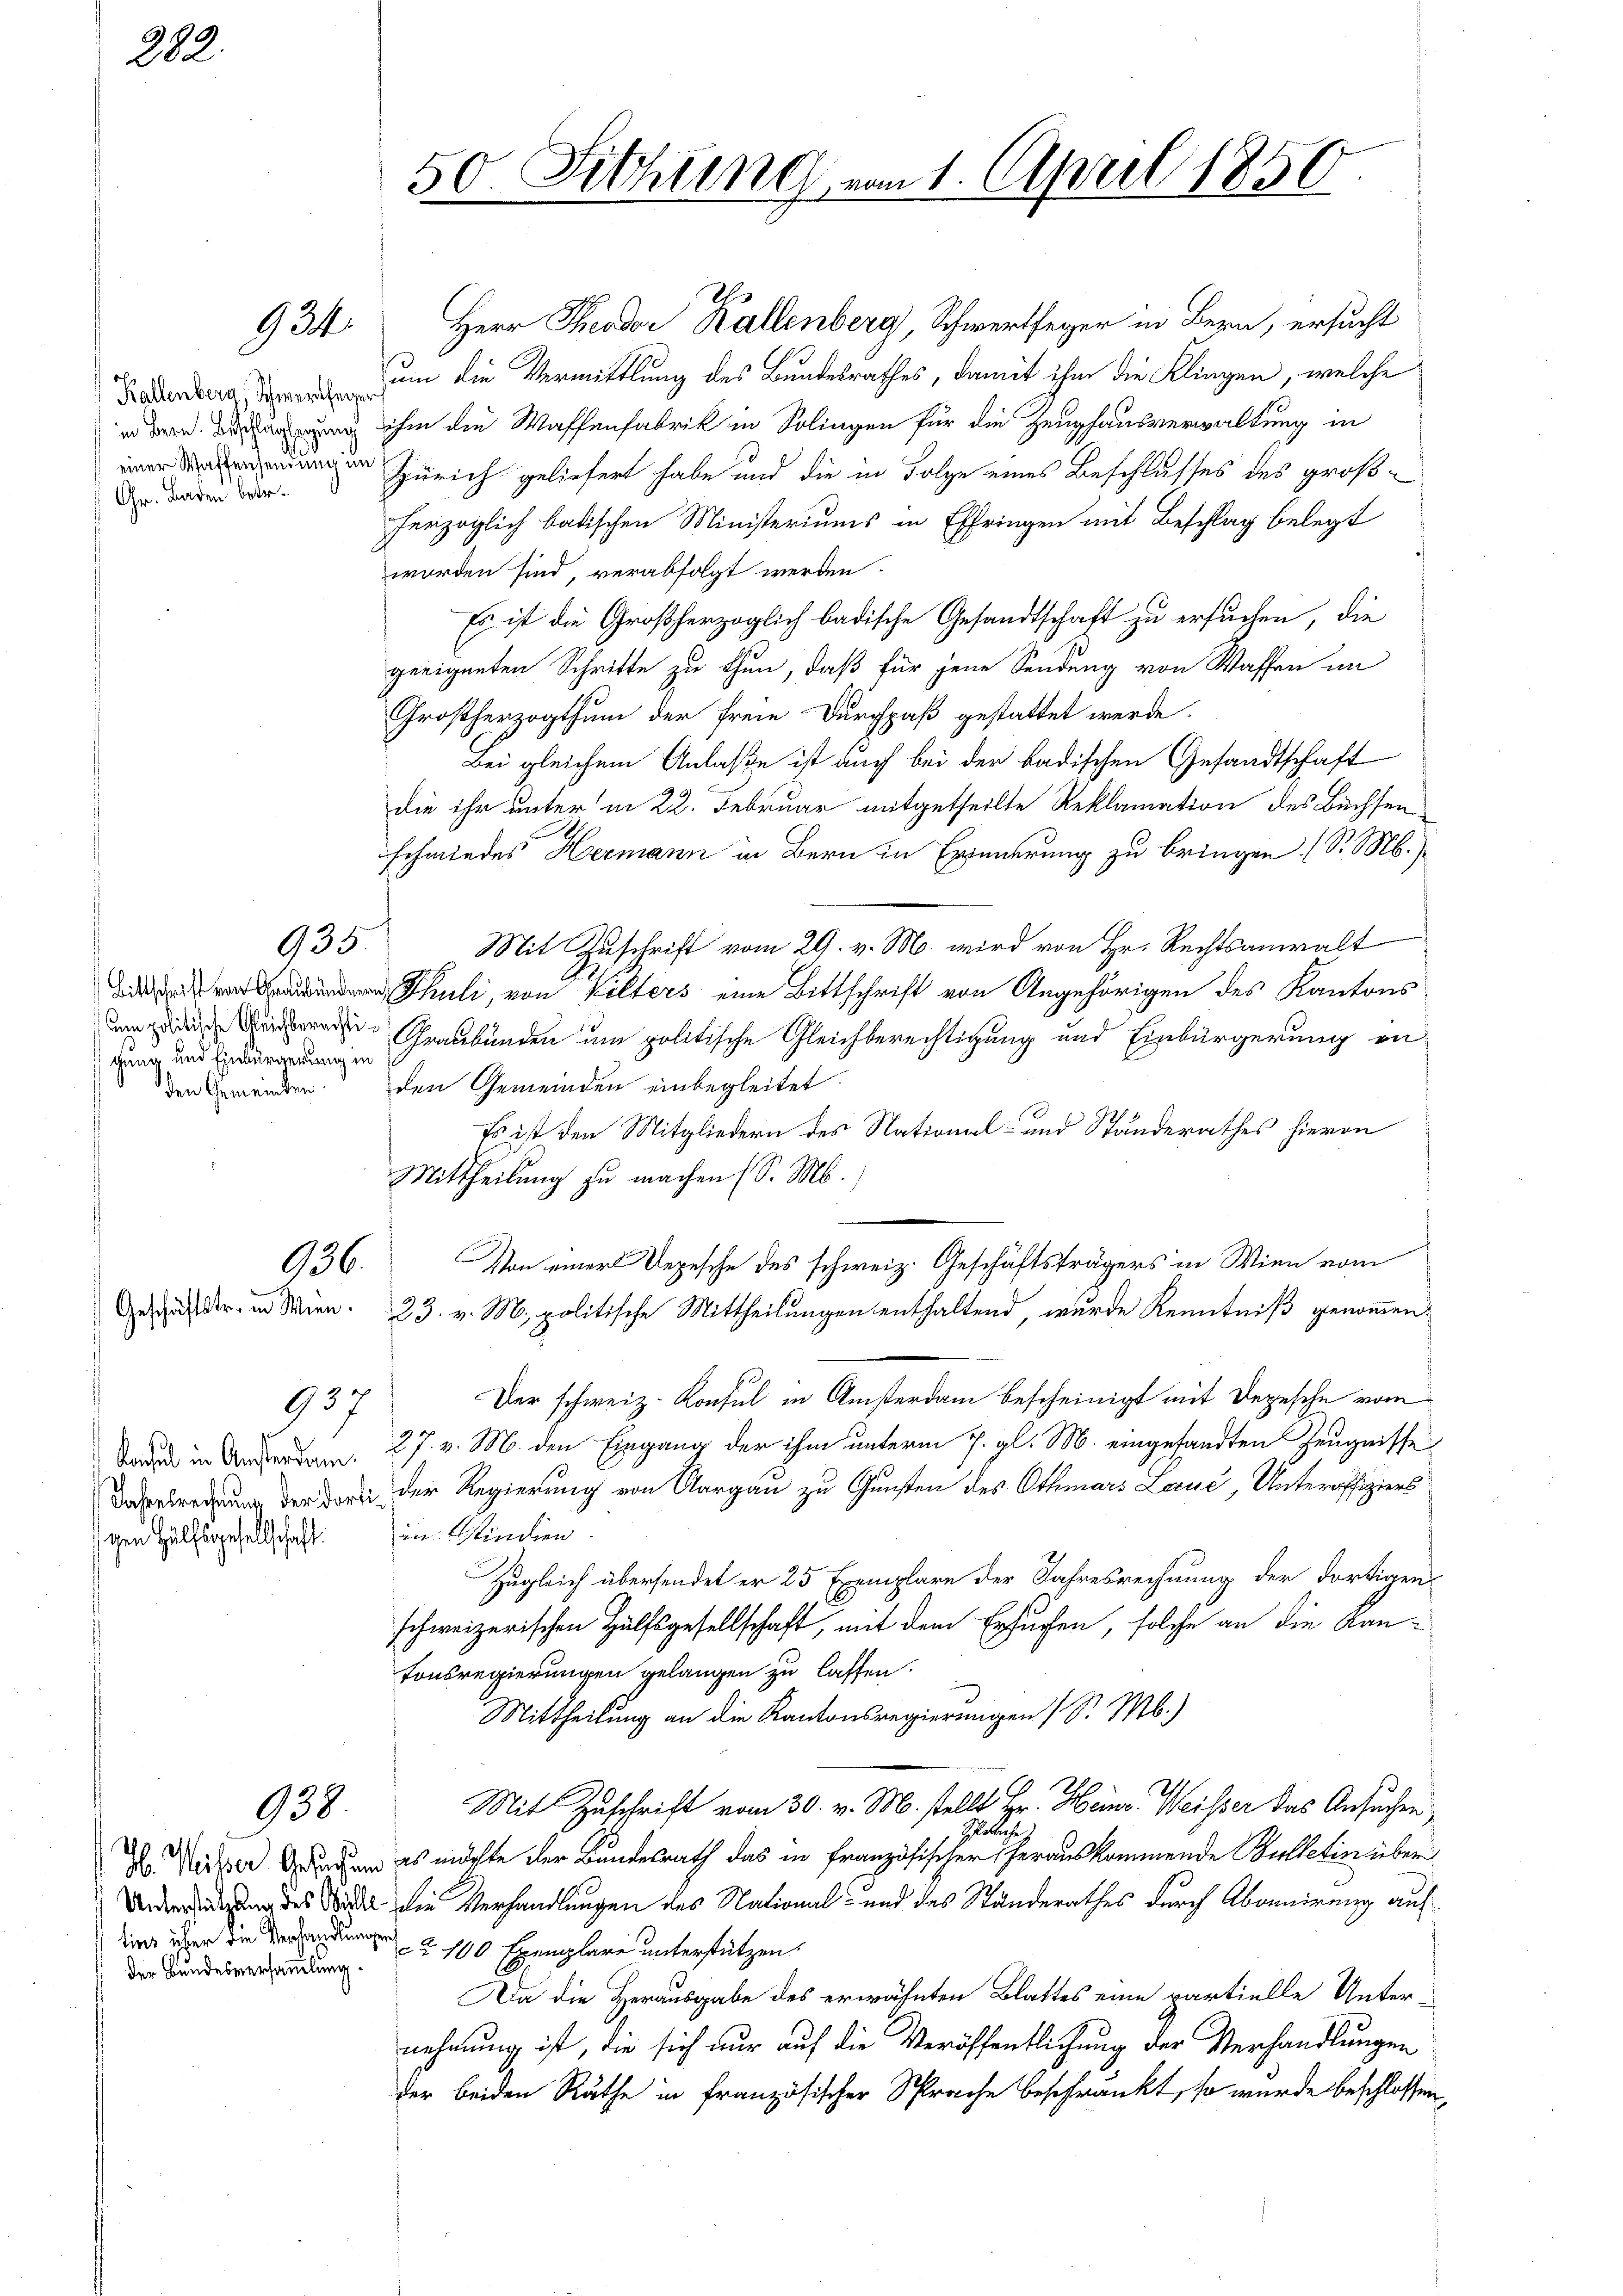
202.

924.

Kallenberg, Schwertheyen
in Bern. Beschlagsagung
einer Waffensendung im
Gr. Baden betr.

Bittschrift von Graubünden
em politische Gleichberechti
gung und Einbürgerung in
den Gemeinden.

136.

Konsul in Ansterdam.
Jahresrechnung der Dort
schen Hülfsgesellschaft.

935.

937

138.

lins über die Verhandlungens
der Bundesversammlung.

50. Sichung vom 1. April 1850

Herr Theodor Kallenberg, Schwertfeger in Bern, ersucht
um die Vermittlung des Bundesrathes, damit ihm die Klingen, welche
ihm die Waffenfabrik in Solingen für die Zeughausverwaltung in
Zürich geliefert habe und die in Folge eines Beschlusses des großherzoglich badischen Ministeriums in Effringen mit Beschlag belegt
worden sind, verabfolgt werden.
Es ist die Großherzoglich badische Gesandtschaft zu ersuchen, die
geeigneten Schritte zu thun, daß für jene Sendung von Waffen im
Großherzogthum der freie Durchpaß gestattet werde.
Bei gleichem Anlaße ist auch bei der badischen Gesandtschaft
die ihr unter in 22. Februar mitgetheilte Reklamation des Buchsenschmiedes Hermann in Bern in Erinnerung zu bringen (S. M.)
Mit Zuschrift vom 29. v. M. wird von Hr. Rechtsanwalt
Thuli, von Vilters eine Bittschrift von Angehörigen des Kantons
Graubünden um politische Gleichberechtigung und Einbürgerung anden Gemeinden einbegleitet.
Es ist den Mitgliedern des National- und Standerathes hievon
Mittheilung zu machen (S. M.
Von einer Depesche des schweiz. Geschäftsträgers in Wien vom
Gesänder, in Seien. 23. v. M. politische Mittheilungen enthaltend, wurde Kenntniß genommen.
Der schweiz. Konsul in Ansterdam bescheinigt mit Depesche vom
27. v. M. den Eingang der ihm unterm 7. gl. M. eingetandten Zeugnisse
der Regierung von Aargau zu Gunsten des Othmars Lecuć, Unteraffiziers
in Ostindien.
Zugleich übersendet er 25 Exemplare der Jahresrechnung der dortigen
schweizerischen Hülfsgesellschaft, mit dem Ersuchen, solche an die Kantonsregierungen gelangen zu lassen.
Mittheilung an die Kantonsregierungen (S. M.)
Mit Zuschrift vom 30. v. M. stellt Hr. Heinr. Weisser das Ansuchen,
Schelche
Dr. Merker Grader es möchte der Bundesrath das in Französischer herauskommende Bulletin über
Underregung des Stadt die Verhandlungen des National- und des Standerathes durch Abonnirung auf
ca 100 Exemplare unterstützen.
Da die Herausgabe des erwähnten Blattes eine partielle Unternehmung ist, die sich nur auf die Veröffentlichung der Verhandlungen
der beiden Räthe in französischer Sprache beschränkt, so wurde beschlossen,